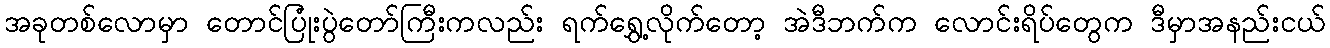
အခုတစ်လောမှာ တောင်ပြုံးပွဲတော်ကြီးကလည်း ရက်ရွှေ့လိုက်တော့ အဲဒီဘက်က လောင်းရိပ်တွေက ဒီမှာအနည်းငယ်